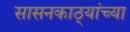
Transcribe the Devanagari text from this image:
सासनकाठ्यांच्या